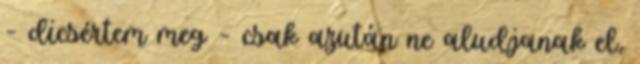
– dicsértem meg – csak azután ne aludjanak el,